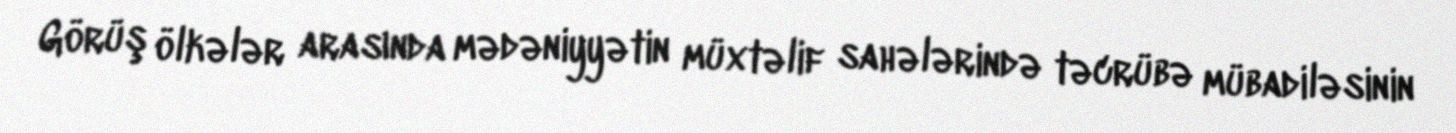
Görüş ölkələr arasında mədəniyyətin müxtəlif sahələrində təcrübə mübadiləsinin